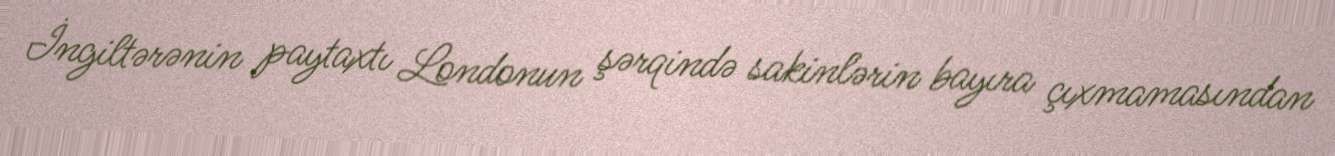
İngiltərənin paytaxtı Londonun şərqində sakinlərin bayıra çıxmamasından